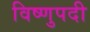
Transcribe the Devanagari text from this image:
विष्णुपदी